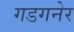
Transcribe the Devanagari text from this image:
गडगनेर